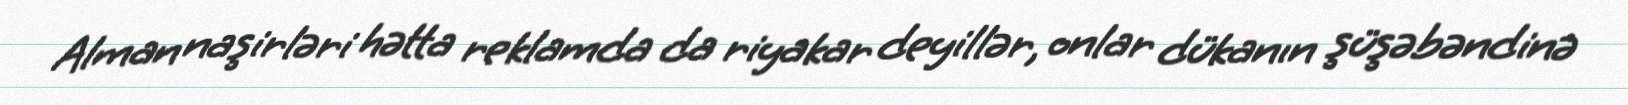
Alman naşirləri hətta reklamda da riyakar deyillər, onlar dükanın şüşəbəndinə